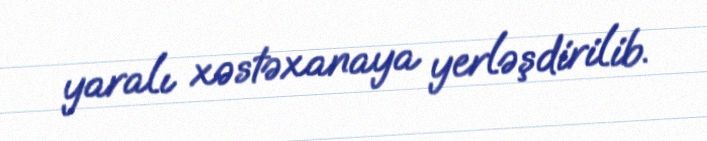
yaralı xəstəxanaya yerləşdirilib.